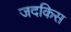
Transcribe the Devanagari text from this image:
जदकिस